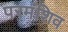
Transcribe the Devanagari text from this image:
परमंशिव